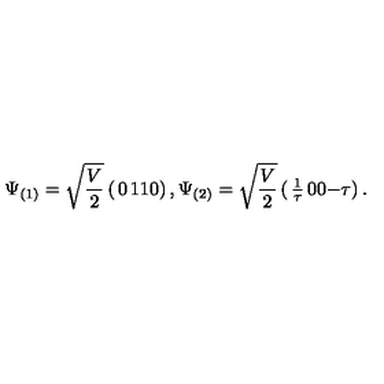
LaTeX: \Psi _ { ( 1 ) } = \sqrt { \frac { V } { 2 } } \left( \begin{matrix} { 0 } & { 1 } \\ { 1 } & { 0 } \\ \end{matrix} \right) , \Psi _ { ( 2 ) } = \sqrt { \frac { V } { 2 } } \left( \begin{matrix} { \frac { 1 } { \tau } } & { 0 } \\ { 0 } & { - \tau } \\ \end{matrix} \right) .